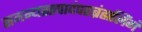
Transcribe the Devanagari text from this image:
समन्यस्तपादंपरब्रंह्मलिंगं